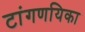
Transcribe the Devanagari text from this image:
टांगणयिका